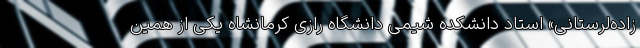
‌زاده‌لرستانی» استاد دانشکده شیمی دانشگاه رازی کرمانشاه یکی از همین